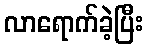
လာရောက်ခဲ့ပြီး